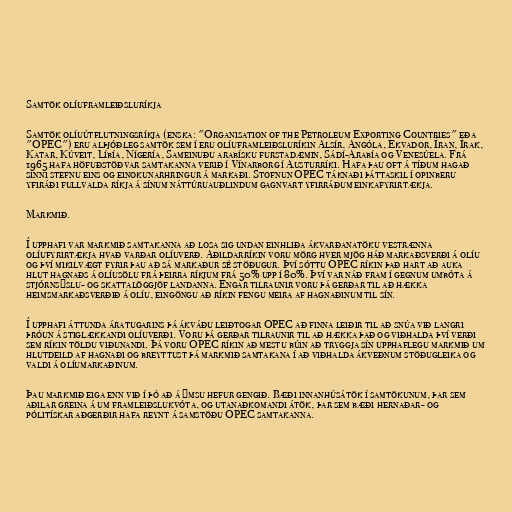
Samtök olíuframleiðsluríkja

Samtök olíuútflutningsríkja (enska: "Organisation of the Petroleum Exporting Countries" eða
"OPEC") eru alþjóðleg samtök sem í eru olíuframleiðsluríkin Alsír, Angóla, Ekvador, Íran, Írak,
Katar, Kúveit, Líbía, Nígería, Sameinuðu arabísku furstadæmin, Sádí-Arabía og Venesúela. Frá
1965 hafa höfuðstöðvar samtakanna verið í Vínarborg í Austurríki. Hafa þau oft á tíðum hagað
sinni stefnu eins og einokunarhringur á markaði. Stofnun OPEC táknaði þáttaskil í opinberu
yfiráði fullvalda ríkja á sínum náttúruauðlindum gagnvart yfirráðum einkafyrirtækja.

Markmið.

Í upphafi var markmið samtakanna að losa sig undan einhliða ákvarðanatöku vestrænna
olíufyrirtækja hvað varðar olíuverð. Aðildarríkin voru mörg hver mjög háð markaðsverði á olíu
og því mikilvægt fyrir þau að sá markaður sé stöðugur. Því sóttu OPEC ríkin það hart að auka
hlut hagnaðs á olíusölu frá þeirra ríkjum frá 50% upp í 80%. Því var náð fram í gegnum umbóta á
stjórnsýslu- og skattalöggjöf landanna. Engar tilraunir voru þá gerðar til að hækka
heimsmarkaðsverðið á olíu, eingöngu að ríkin fengu meira af hagnaðinum til sín.

Í upphafi áttunda áratugarins þá ákváðu leiðtogar OPEC að finna leiðir til að snúa við langri
þróun á stiglækkandi olíuverði. Voru þá gerðar tilraunir til að hækka það og viðhalda því verði
sem ríkin töldu viðunandi. Þá voru OPEC ríkin að mestu búin að tryggja sín upphaflegu markmið um
hlutdeild af hagnaði og breyttust þá markmið samtakana í að viðhalda ákveðnum stöðugleika og
valdi á olíumarkaðinum.

Þau markmið eiga enn við í þó að á ýmsu hefur gengið. Bæði innanhúsátök í samtökunum, þar sem
aðilar greina á um framleiðslukvóta, og utanaðkomandi átök, þar sem bæði hernaðar- og
pólitískar aðgerðir hafa reynt á samstöðu OPEC samtakanna.